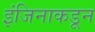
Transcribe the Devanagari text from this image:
इंजिनाकडून